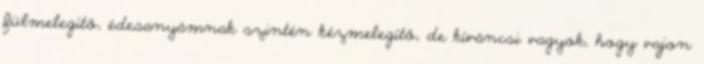
fülmelegítő, édesanyámnak szintén kézmelegítő, de kíváncsi vagyok, hogy vajon